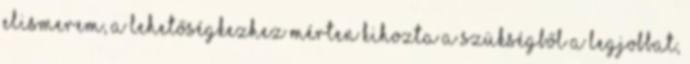
Elismerem, a lehetőségkezhez mérten kihozta a szükségből a legjobbat,